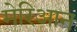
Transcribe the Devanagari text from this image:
मेरिआन